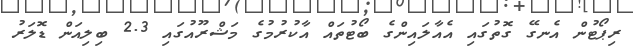
ރިޕޯޓުން އެނގޭ ގޮތުގައި އެއާލައިންގެ ބޯޓުތައް އާކުރުމުގެ މަޝްރޫއުގައި 2.3 ބިލިއަން ޑޮލަރު